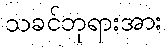
သခင်ဘုရားအား